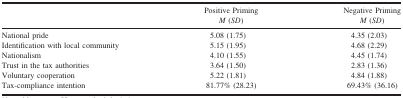
|  | Positive Priming | Negative Priming |
 |  | M (SD) | M (SD) |
 | --- | --- | --- |
 | National pride | 5.08 (1.75) | 4.35 (2.03) |
 | Identification with local community | 5.15 (1.95) | 4.68 (2.29) |
 | Nationalism | 4.10 (1.55) | 4.45 (1.74) |
 | Trust in the tax authorities | 3.64 (1.50) | 2.83 (1.36) |
 | Voluntary cooperation | 5.22 (1.81) | 4.84 (1.88) |
 | Tax‐compliance intention | 81.77% (28.23) | 69.43% (36.16) |